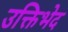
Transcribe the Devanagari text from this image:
उक्तिभेद